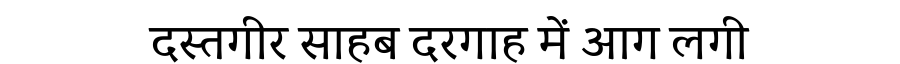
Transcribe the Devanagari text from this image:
दस्तगीर साहब दरगाह में आग लगी